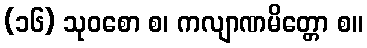
(၁၆) သုဝစော စ၊ ကလျာဏမိတ္တော စ။